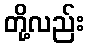
တို့လည်း